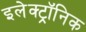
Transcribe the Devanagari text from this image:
इलेक्‍ट्रॉनिक